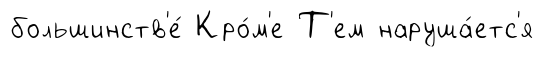
большинств'е́ Кро́м'е Т'ем наруша́етс'я